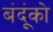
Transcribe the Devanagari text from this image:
बंदूंको